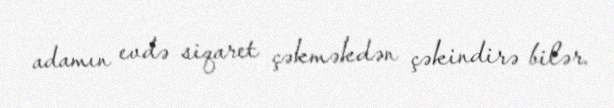
adamın evdə siqaret çəkməkdən çəkindirə bilər.